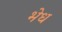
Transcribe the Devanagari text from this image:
भेध